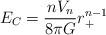
LaTeX: \begin{align*}E_C = \frac{nV_n}{8\pi G}r_+^{n-1} \end{align*}